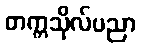
တက္ကသိုလ်ပညာ